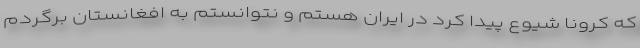
که کرونا شیوع پیدا کرد در ایران هستم و نتوانستم به افغانستان برگردم